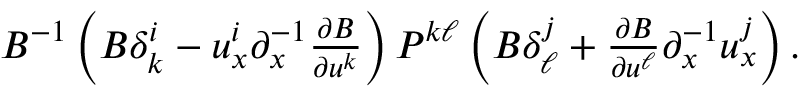
\begin{array} { r } { B ^ { - 1 } \left( B \delta _ { k } ^ { i } - u _ { x } ^ { i } { \partial } _ { x } ^ { - 1 } \frac { { \partial } B } { { \partial } u ^ { k } } \right) P ^ { k \ell } \left( B \delta _ { \ell } ^ { j } + \frac { { \partial } B } { { \partial } u ^ { \ell } } { \partial } _ { x } ^ { - 1 } u _ { x } ^ { j } \right) . } \end{array}